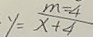
\cdot y = \frac { m = 4 } { x + 4 }